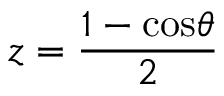
z = \frac { 1 - \mathrm { c o s } \theta } { 2 }